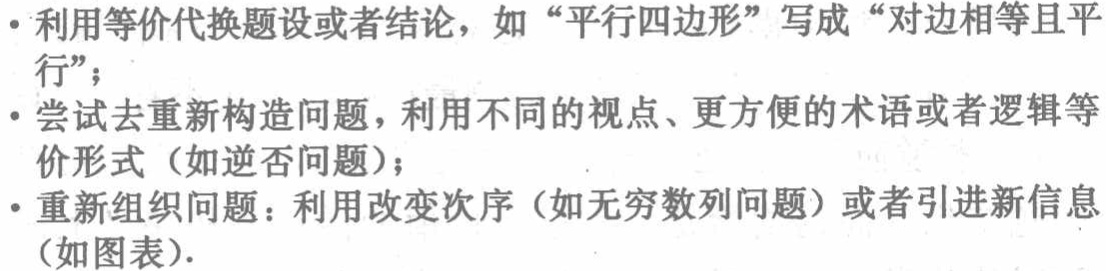
- 利用等价代换题设或者结论，如“平行四边形”写成“对边相等且平

行”；

- 尝试去重新构造问题，利用不同的视点、更方便的术语或者逻辑等

价形式（如逆否问题）；

- 重新组织问题：利用改变次序（如无穷数列问题）或者引进新信息

（如图表）.